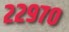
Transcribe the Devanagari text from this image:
२२९७०